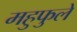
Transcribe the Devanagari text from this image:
महुफुले